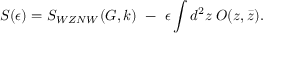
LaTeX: S ( \epsilon ) = S _ { W Z N W } ( G , k ) ~ - ~ \epsilon \int d ^ { 2 } z \; O ( z , \bar { z } ) .